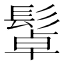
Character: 𩭟